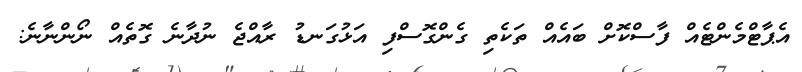
އެޕާޓްމެންޓެއް ފާސްކޮށް ބައެއް ތަކެތި ގެންގޮސްފި އަޅުގަނޑު ރާއްޖެ ނުދާނެ ގޮތެއް ނޯންނާނެ: